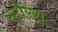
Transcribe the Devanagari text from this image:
स्टोरेस